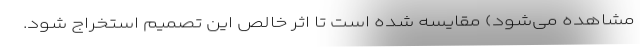
مشاهده می‌شود) مقایسه شده است تا اثر خالص این تصمیم استخراج شود.